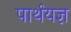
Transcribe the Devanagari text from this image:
पार्थयज्ञ